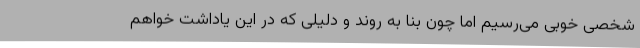
شخصی خوبی می‌رسیم اما چون بنا به روند و دلیلی که در این یاداشت خواهم